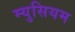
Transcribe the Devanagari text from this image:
म्युसियम